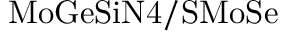
\mathrm { M o G e S i N 4 / S M o S e }